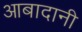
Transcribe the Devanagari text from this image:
आबादानी